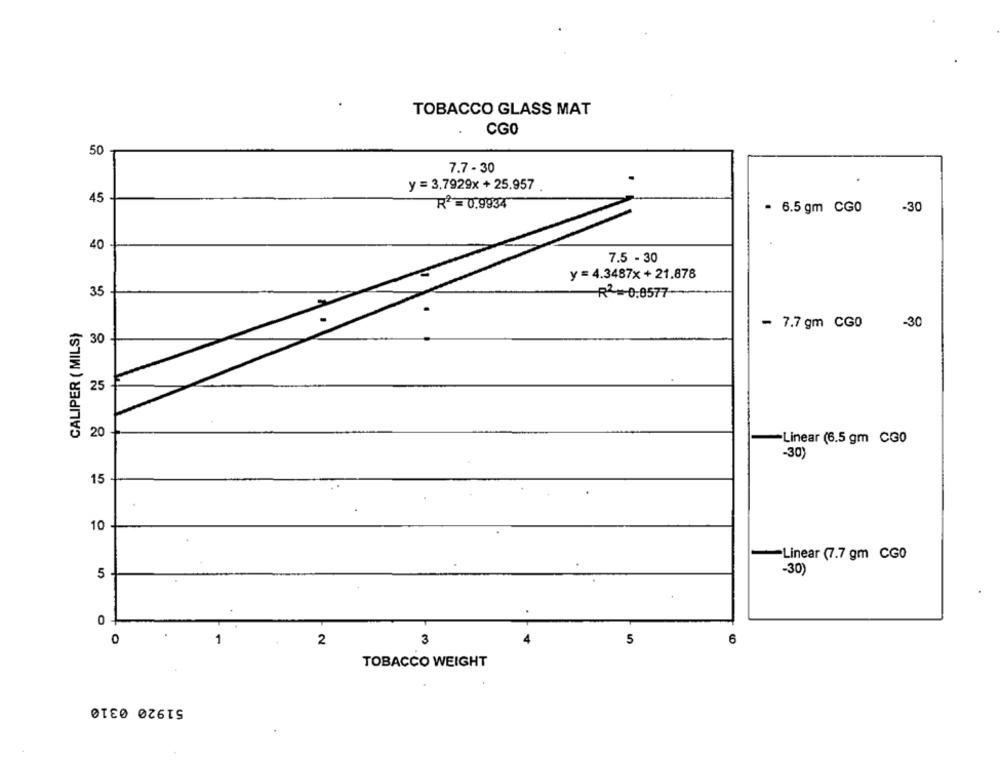
TOBACCO GLASS MAT
CG0
50
7.7 - 30
.
y = 3,7929x + 25.957 .
45
R2 = 0,9934
- 6.5 gm CG0
-30
40
7.5 - 30
y = 4.3487x +21.878
35
R2 -0.0577-
CALIPER ( MILS)
- 7.7 gm CG0
-30
30
25
20
-Linear (6.5 gm CG0
-30)
15
10
-Linear (7.7 gm CG0
-30)
5
O
3
5
6
2
TOBACCO WEIGHT
51920 0310